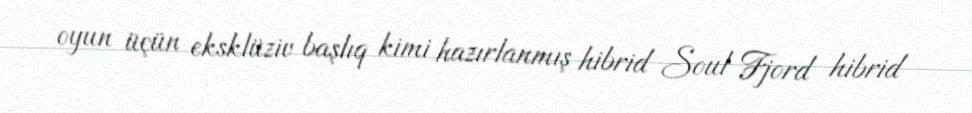
oyun üçün eksklüziv başlıq kimi hazırlanmış hibrid Soul Fjord hibrid